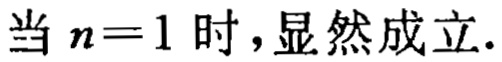
当 \(n = 1\) 时，显然成立.